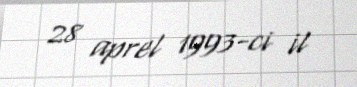
28 aprel 1993-ci il